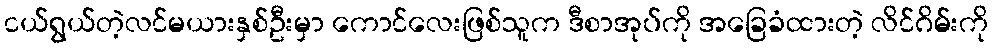
ငယ်ရွယ်တဲ့လင်မယားနှစ်ဦးမှာ ကောင်လေးဖြစ်သူက ဒီစာအုပ်ကို အခြေခံထားတဲ့ လိင်ဂိမ်းကို